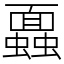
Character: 蠠